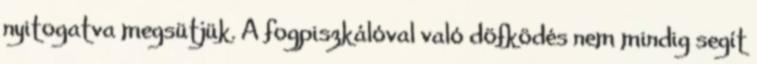
nyitogatva megsütjük. A fogpiszkálóval való döfködés nem mindig segít